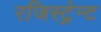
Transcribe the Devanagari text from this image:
रजिस्ट्रेन्ट